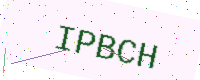
Text: IPBCH